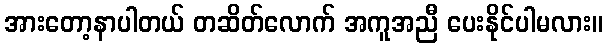
အားတော့နာပါတယ် တဆိတ်လောက် အကူအညီ ပေးနိုင်ပါမလား။